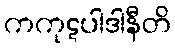
ကကုဋပါဒါနီတိ